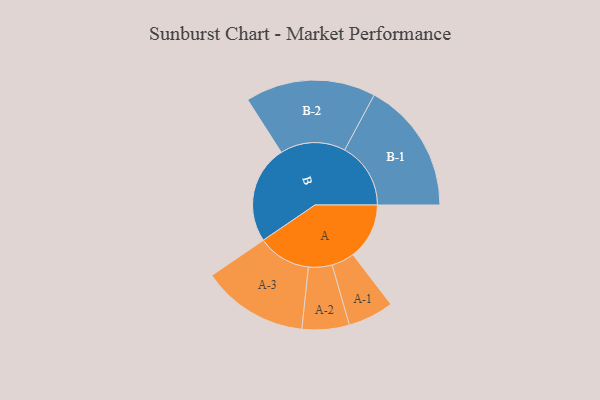
{"axis": {"x": "Segment", "y": "Value"}, "legend": ["", "A", "B"], "data": [{"x": "A", "y": 253, "type": ""}, {"x": "B", "y": 441, "type": ""}, {"x": "A-1", "y": 103, "type": "A"}, {"x": "A-2", "y": 106, "type": "A"}, {"x": "A-3", "y": 239, "type": "A"}, {"x": "B-1", "y": 297, "type": "B"}, {"x": "B-2", "y": 293, "type": "B"}]}